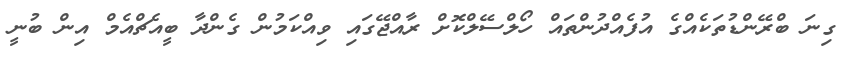
ގިނަ ބްރޭންޑުތަކެއްގެ އުފެއްދުންތައް ހޯލްސޭލްކޮށް ރާއްޖޭގައި ވިއްކަމުން ގެންދާ ބީއެޗްއެމް އިން ބުނީ